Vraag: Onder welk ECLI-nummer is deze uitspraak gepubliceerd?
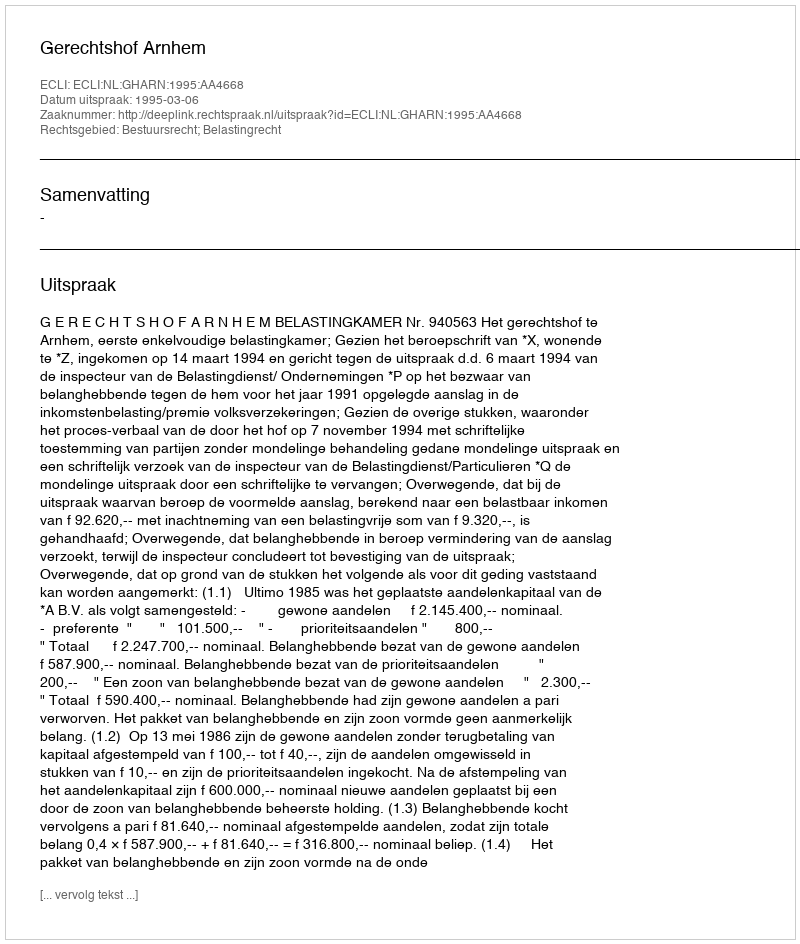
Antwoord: ECLI:NL:GHARN:1995:AA4668